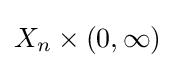
X_{n}\times (0,\infty )